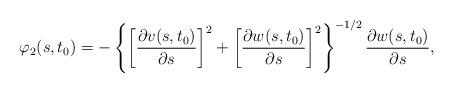
LaTeX: \begin{align*} \varphi _{2} (s,t_{0} )= -\left\lbrace \left[ \frac{\partial v(s,t_{0} )}{\partial s} \right]^2 + \left[ \frac{\partial w(s,t_{0} )}{\partial s} \right]^2 \right\rbrace^{-1/2}\frac{\partial w(s,t_{0} )}{\partial s},\end{align*}